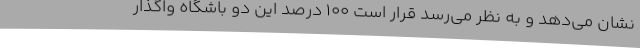
نشان می‌دهد و به نظر می‌رسد قرار است 100 درصد این دو باشگاه واگذار